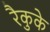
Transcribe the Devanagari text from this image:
रैकुके